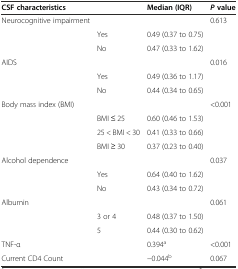
<table><thead><tr><td colspan="2"><b>CSF characteristics</b></td><td><b>Median (IQR)</b></td><td><b><i>P</i>value</b></td></tr></thead><tbody><tr><td>Neurocognitive impairment</td><td></td><td></td><td>0.613</td></tr><tr><td></td><td>Yes</td><td>0.49 (0.37 to 0.75)</td><td></td></tr><tr><td></td><td>No</td><td>0.47 (0.33 to 1.62)</td><td></td></tr><tr><td>AIDS</td><td></td><td></td><td>0.016</td></tr><tr><td></td><td>Yes</td><td>0.49 (0.36 to 1.17)</td><td></td></tr><tr><td></td><td>No</td><td>0.44 (0.34 to 0.65)</td><td></td></tr><tr><td>Body mass index (BMI)</td><td></td><td></td><td>&lt;0.001</td></tr><tr><td></td><td>BMI ≤ 25</td><td>0.60 (0.46 to 1.53)</td><td></td></tr><tr><td></td><td>25 &lt; BMI &lt; 30</td><td>0.41 (0.33 to 0.66)</td><td></td></tr><tr><td></td><td>BMI ≥ 30</td><td>0.37 (0.23 to 0.40)</td><td></td></tr><tr><td>Alcohol dependence</td><td></td><td></td><td>0.037</td></tr><tr><td></td><td>Yes</td><td>0.64 (0.40 to 1.62)</td><td></td></tr><tr><td></td><td>No</td><td>0.43 (0.34 to 0.72)</td><td></td></tr><tr><td>Albumin</td><td></td><td></td><td>0.061</td></tr><tr><td></td><td>3 or 4</td><td>0.48 (0.37 to 1.50)</td><td></td></tr><tr><td></td><td>5</td><td>0.44 (0.30 to 0.62)</td><td></td></tr><tr><td>TNF-α</td><td></td><td>0.394<sup>a</sup></td><td>&lt;0.001</td></tr><tr><td>Current CD4 Count</td><td></td><td>−0.044<sup>b</sup></td><td>0.067</td></tr></tbody></table>